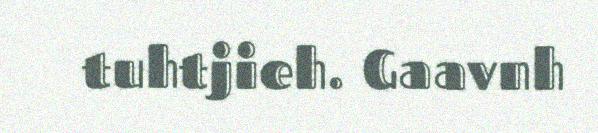
tuhtjieh. Gaavnh